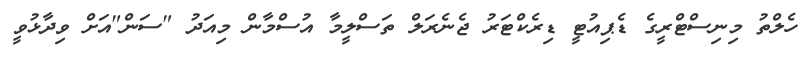
ހެލްތު މިނިސްޓްރީގެ ޑެޕިއުޓީ ޑިރެކްޓަރު ޖެނެރަލް ތަސްލީމާ އުސްމާން މިއަދު "ސަން"އަށް ވިދާޅުވީ